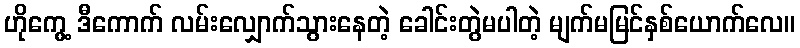
ဟိုကွေ့ ဒီကောက် လမ်းလျှောက်သွားနေတဲ့ ခေါင်းတွဲမပါတဲ့ မျက်မမြင်နှစ်ယောက်လေ။